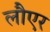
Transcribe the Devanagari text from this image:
लौएर